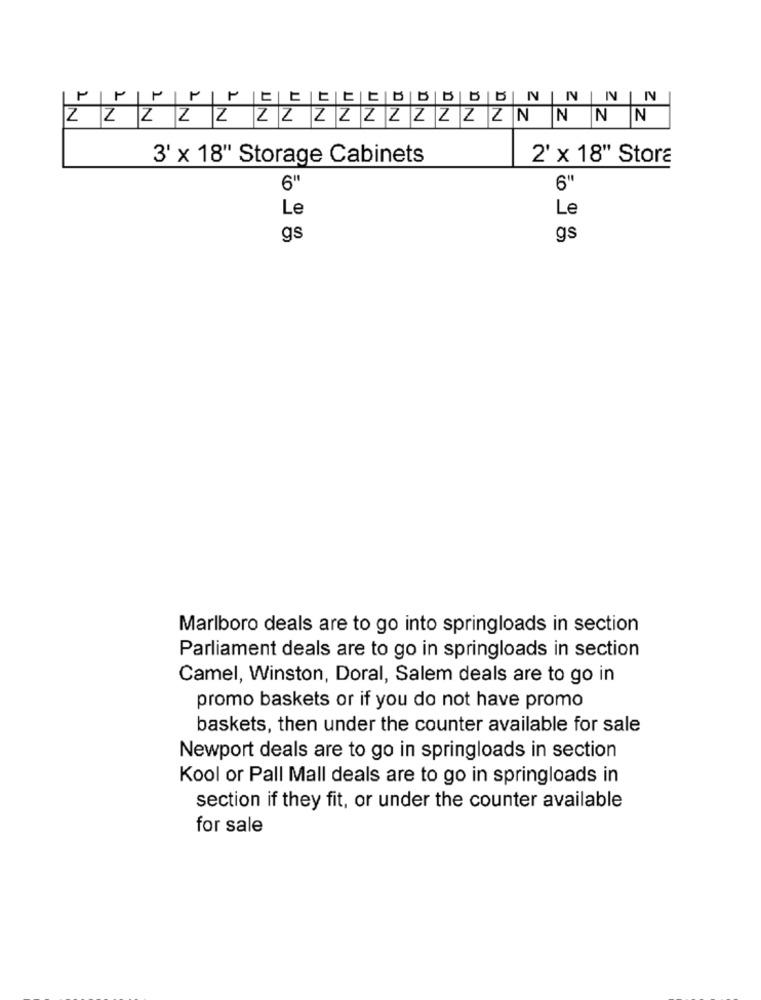
ZZ ZZZZZZZZZZZZZNNNN
3' x 18" Storage Cabinets
2' x 18" Stora
6"
Le
Le
gs
gs
Marlboro deals are to go into springloads in section
Parliament deals are to go in springloads in section
Camel, Winston, Doral, Salem deals are to go in
promo baskets or if you do not have promo
baskets, then under the counter available for sale
Newport deals are to go in springloads in section
Kool or Pall Mall deals are to go in springloads in
section if they fit, or under the counter available
for sale